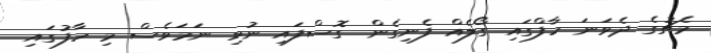
މެޗުގެ ދެވަނަ ހާފްގައި ގޯލެއް ފެނިގެން ގޮސްފައި ނުވި ނަމަވެސް މި ހާފުގައި